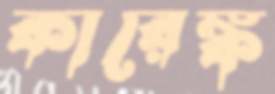
কারেঙ্ক